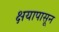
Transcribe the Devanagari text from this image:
क्षयापासून